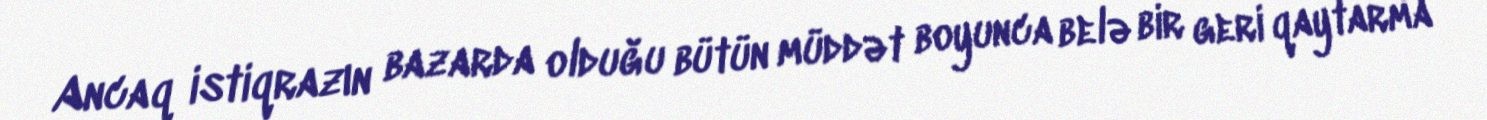
Ancaq istiqrazın bazarda olduğu bütün müddət boyunca belə bir geri qaytarma